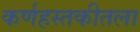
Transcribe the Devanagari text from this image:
कर्णहस्तकीतला